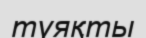
түяқты